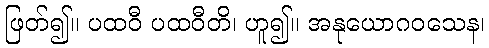
ဖြတ်၍။ ပထဝီ ပထဝီတိ၊ ဟူ၍။ အနုယောဂဝသေန၊